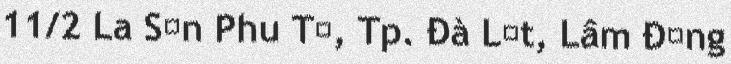
11/2 La Sơn Phu Tử, Tp. Đà Lạt, Lâm Đồng